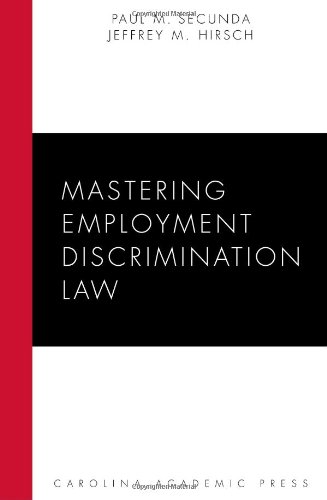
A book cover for Mastering Employment Discrimination Law (Carolina Academic Press Mastering Series); Paul M. Secunda; Law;